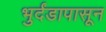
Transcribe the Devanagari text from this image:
भुर्दंडापासून